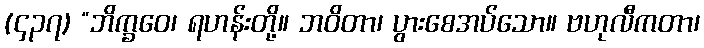
(၄၃၇) “ဘိက္ခဝေ၊ ရဟန်းတို့။ ဘဝိတာ၊ ပွားစေအပ်သော။ ဗဟုလီကတာ၊